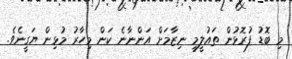
މި ބޮޑު ފުރޮޅުން ތައުލީމީ ނިޒާމަށް އަންނާނެ ކަން މިހާރު މުޅިން ޔަގީނެވެ.